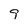
Character: 9